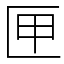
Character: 匣